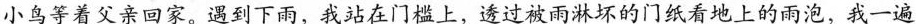
小鸟等着父亲回家。遇到下雨，我站在门槛上，透过被雨淋坏的门纸看地上的雨泡，我一遍